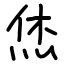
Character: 烋